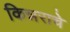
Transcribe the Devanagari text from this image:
किन्नराचे